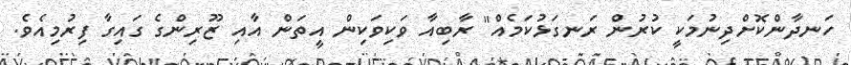
ހަނދާންކޮށްދިނުމަކީ ކުރުން ރަނގަޅުކަމެއް" ރާބިއާ ވަކިވަކިން އީތަން އާއި ޒޫރިންގެ ގައިގާ ފިރުމިއެވެ.